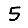
Digit: 5